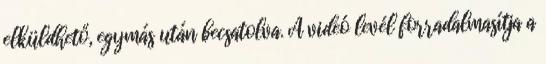
elküldhető, egymás után becsatolva. A videó levél forradalmasítja a